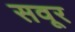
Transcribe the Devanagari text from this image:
सवूर